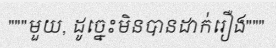
"""មួយ, ដូច្នេះមិនបានដាក់រឿង"""